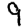
Digit: 9